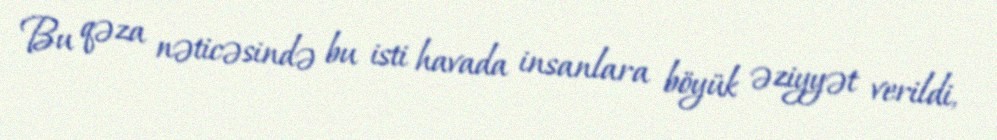
Bu qəza nəticəsində bu isti havada insanlara böyük əziyyət verildi,